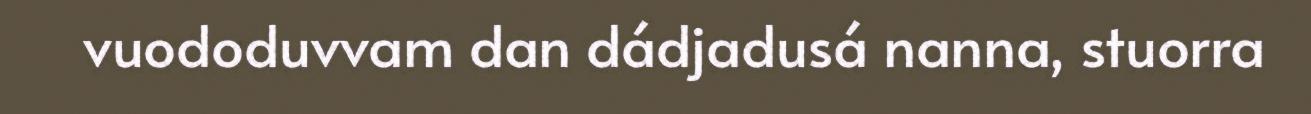
vuododuvvam dan dádjadusá nanna, stuorra